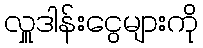
လှူဒါန်းငွေများကို